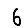
Digit: 6